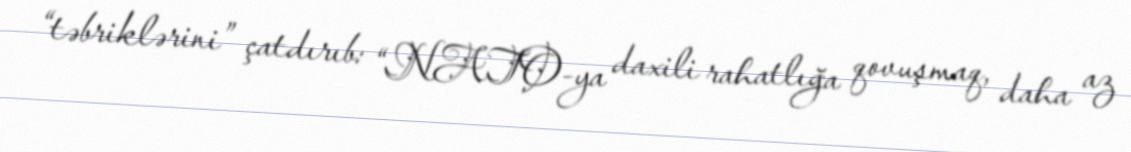
“təbriklərini” çatdırıb: “NATO-ya daxili rahatlığa qovuşmaq, daha az